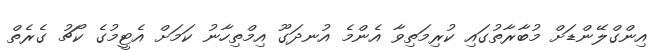
އިންގްލޭންޑަށް މުބާރާތުގައި ކުރިމަތިވާ އެންމެ އުނދަގޫ އިމްތިހާނު ކަމަށް އެޓީމުގެ ކޯޗު ގެރެތް